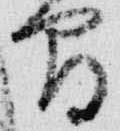
間